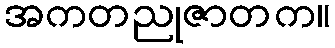
အကတညုဇာတက။